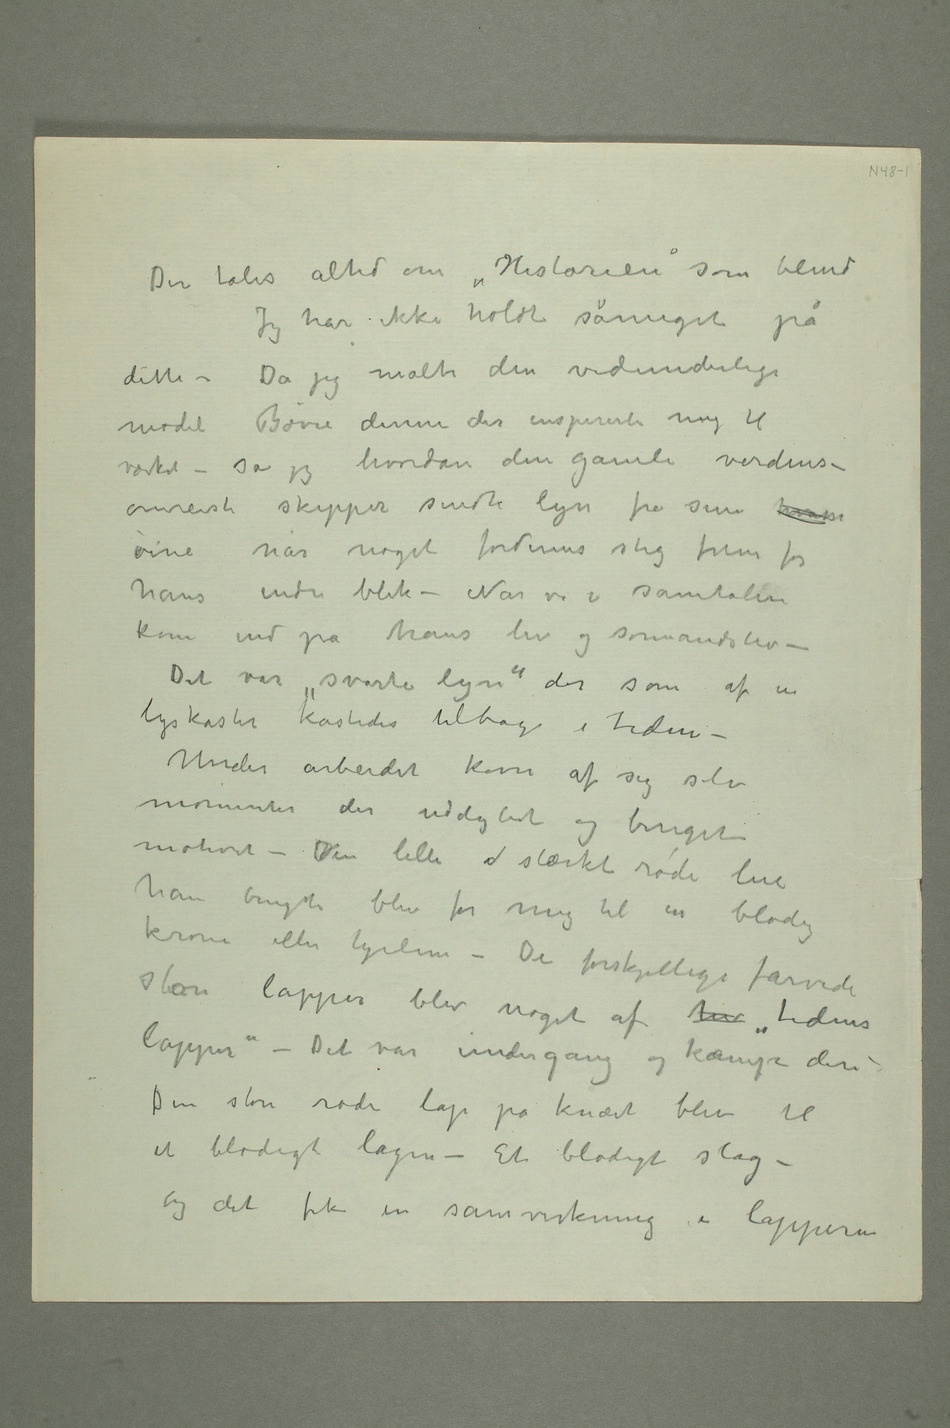
Der tales altid om «Historien» som blind
Jeg har ikke holdt såmeget på
dette. Da jeg malte den vidunderlige
model Børre denne der inspirerte mig til
værket – så jeg hvordan den gamle verdens-
øine når noget fordums steg frem for
hans indre blik – Når vi i samtalen
kom ind på hans liv og sømandsliv –
Det var «svarte lyn» der som af en
lyskaster kastedes tilbage i tiden –
Under arbeidet kom af sig selv
momenter der uddybet og beriget
motivet – Den lille  stærkt røde lue
han brugte blev for mig til en blodig
krone eller hjelm – De forskjellige farvede
store lapper blev noget af hv «tidens
lapper» – Det var undergang og kampe deri –
Den store røde lap på knæet blev til
et blodigt lagen – Et blodigt slag –
Og det fik en samvirkning i lapperne